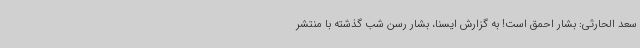
سعد الحارثی: بشار احمق است! به گزارش ایسنا، بشار رسن شب گذشته با منتشر